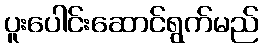
ပူးပေါင်းဆောင်ရွက်မည်